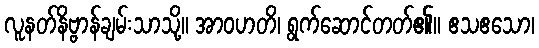
လူနတ်နိဗ္ဗာန်ချမ်းသာသို့။ အာဝဟတိ၊ ရွက်ဆောင်တတ်၏။ ဧသဧသော၊